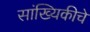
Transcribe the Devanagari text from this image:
सांख्यिकीचे